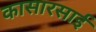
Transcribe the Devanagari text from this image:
कासारसाई